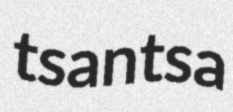
tsantsa